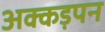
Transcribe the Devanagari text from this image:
अक्कड़पन